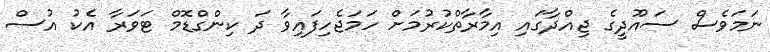
ނަމަވެސް ސައޫދީގެ ޖިއްދާގައި އިމާރާތްކުރުމަށް ހަމަޖެހިފައިވާ ދަ ކިންގްޑޮމް ޓަވަރާ އެކު އުސް